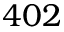
4 0 2